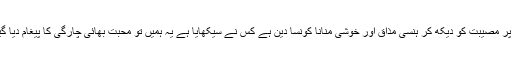
آج ان پر مصیبت کو دیکھ کر ہنسی مذاق اور خوشی منانا کونسا دین ہے کس نے سیکھایا ہے یہ ہمیں تو محبت بھائی چارگی کا پیغام دیا گیا ہے۔